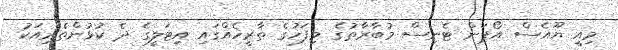
މިއީ ޔޫއެސް އޯޕަން ޓެނިސް މުބާރާތުގެ މިފަހުގެ ތާރީހެއްގައި އިޓަލީގެ ދެ ކުޅުންތެރިއަކު